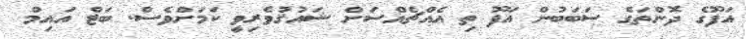
އަފޫގެ ދޮންތަގެ ސަބަބުން އަފޫ ތި އެއްޗެއްސަށް ޝައުޤުވެރިވީ ކަމަށްވެސް. ބަޓް އައިމް